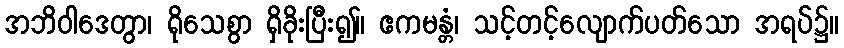
အဘိဝါဒေတွာ၊ ရိုသေစွာ ရှိခိုးပြီး၍။ ဧကမန္တံ၊ သင့်တင့်လျောက်ပတ်သော အရပ်၌။